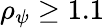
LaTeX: \rho_{\psi}\geq 1.1